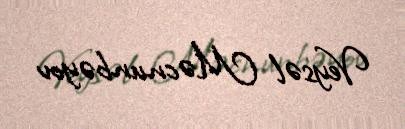
Veysəl Məcnunbəyov